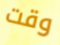
وقت